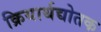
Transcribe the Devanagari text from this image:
क्रियार्थद्योतक